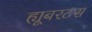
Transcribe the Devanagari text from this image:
ह्यूबरटस